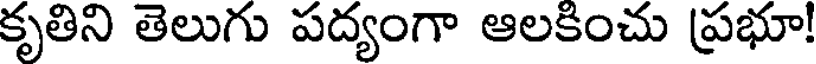
కృతిని తెలుగు పద్యంగా ఆలకించు ప్రభూ!